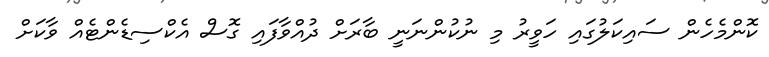
ކޮންމެހެން ސައިކަލުގައި ހަވީރު މި ނުކުންނަނީ ބާރަށް ދުއްވާފައި ގޮސް އެކްސިޑެންޓެއް ވާކަށް